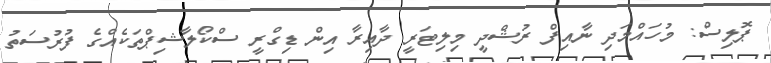
ޕޮލިސް: މުހައްމަދި ނާއިފް ރުޝްދީ މިލިޓަރީ ދާއިރާ އިން ޑިގްރީ ސްކޯލާޝިޕްތަކެއްގެ ފުރުސަތު